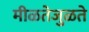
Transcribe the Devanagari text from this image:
मीळतेजुळते